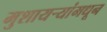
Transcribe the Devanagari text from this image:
मुशायऱ्यांमधून